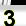
Digit: 3